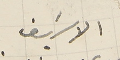
الاسيف